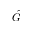
\hat { G }